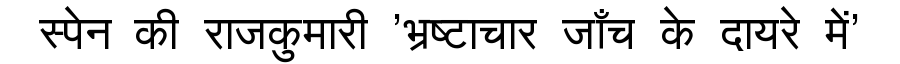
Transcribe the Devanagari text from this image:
स्पेन की राजकुमारी 'भ्रष्टाचार जाँच के दायरे में'